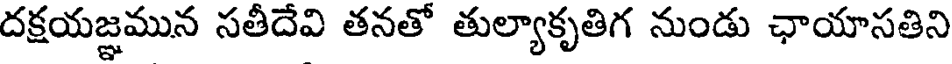
దక్షయజ్ఞమున సతీదేవి తనతో తుల్యాకృతిగ నుండు ఛాయాసతిని